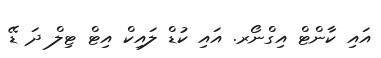
އައި ކާންޓް އިގްނޯރ. އައި ކުޑް ލައިކް އިޓް ޓިލް ދަ ޑޭ